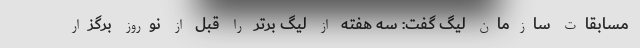
مسابقات سازمان لیگ گفت: سه هفته از لیگ برتر را قبل از نوروز برگزار